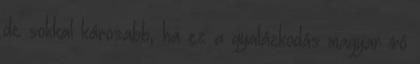
de sokkal károsabb, ha ez a gyalázkodás magyar író